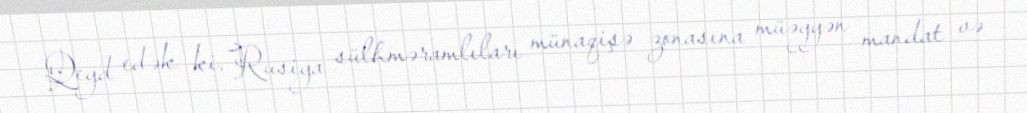
Qeyd edək ki, Rusiya sülhməramlıları münaqişə zonasına müəyyən mandat və